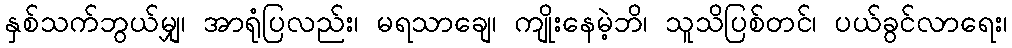
နှစ်သက်ဘွယ်မျှ၊ အာရုံပြလည်း၊ မရသာချေ၊ ကျိုးနေမဲ့ဘိ၊ သူသိပြစ်တင်၊ ပယ်ခွင်လာရေး၊